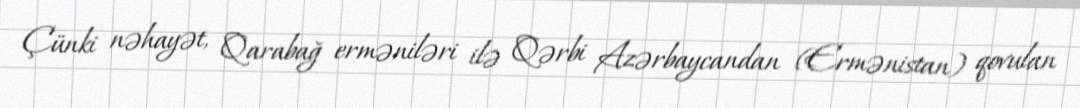
Çünki nəhayət, Qarabağ erməniləri ilə Qərbi Azərbaycandan (Ermənistan) qovulan